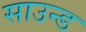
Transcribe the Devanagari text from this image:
साउन्‍ड